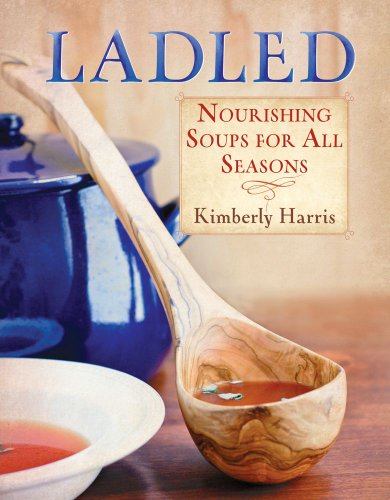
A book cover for Ladled: Nourishing Soups for All Seasons; Kimberly Harris; Cookbooks, Food & Wine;